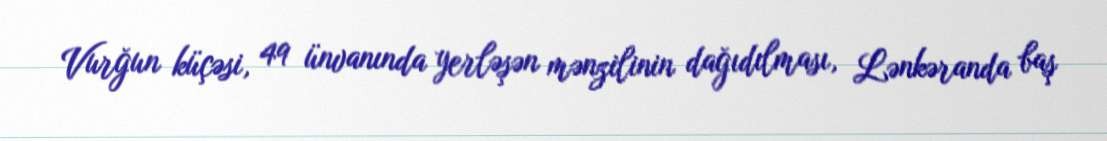
Vurğun küçəsi, 49 ünvanında yerləşən mənzilinin dağıdılması, Lənkəranda baş